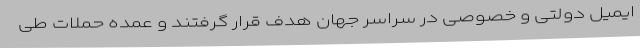
ایمیل دولتی و خصوصی در سراسر جهان هدف قرار گرفتند و عمده حملات طی